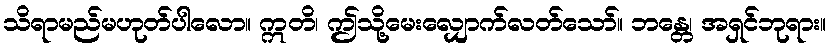
သိရာမည်မဟုတ်ပါလော။ ဣတိ၊ ဤသို့မေးလျှောက်လတ်သော်။ ဘန္တေ၊ အရှင်ဘုရား။